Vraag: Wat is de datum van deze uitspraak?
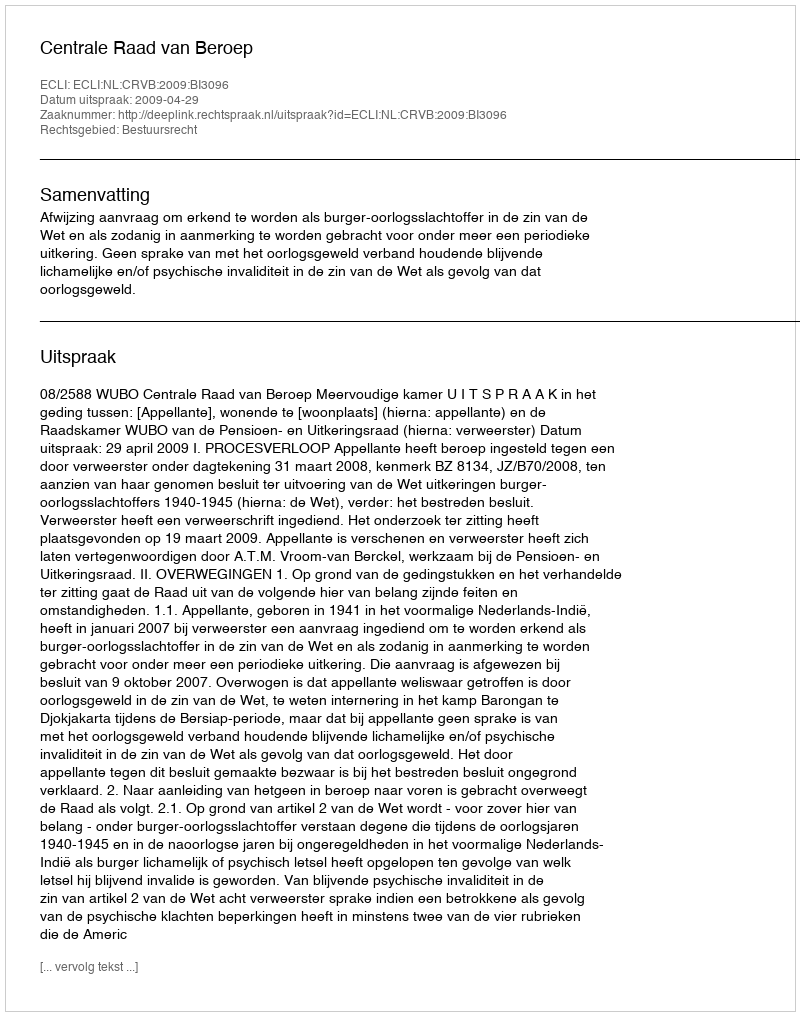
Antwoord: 2009-04-29